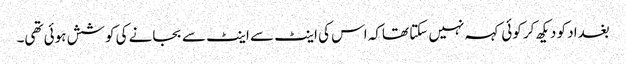
بغداد کو دیکھ کر کوئی کہہ نہیں سکتا تھاکہ اس کی اینٹ سے اینٹ سے بجانے کی کوشش ہوئی تھی۔